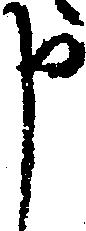
申